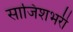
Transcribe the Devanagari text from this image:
साजिशभरी